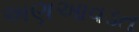
અણઆવડત